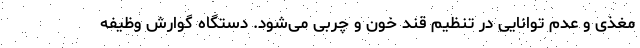
مغذی و عدم توانایی در تنظیم قند خون و چربی می‌شود. دستگاه گوارش وظیفه